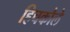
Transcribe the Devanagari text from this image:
हिचकौले